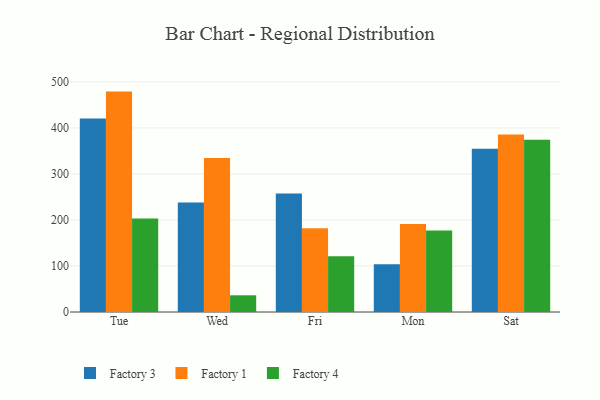
{"axis": {"x": "Day", "y": "Gross Profit (USD K)"}, "legend": ["Factory 1", "Factory 3", "Factory 4"], "data": [{"x": "Tue", "y": 420.8, "type": "Factory 3"}, {"x": "Tue", "y": 479.0, "type": "Factory 1"}, {"x": "Tue", "y": 203.0, "type": "Factory 4"}, {"x": "Wed", "y": 238.0, "type": "Factory 3"}, {"x": "Wed", "y": 334.8, "type": "Factory 1"}, {"x": "Wed", "y": 36.3, "type": "Factory 4"}, {"x": "Fri", "y": 257.6, "type": "Factory 3"}, {"x": "Fri", "y": 182.1, "type": "Factory 1"}, {"x": "Fri", "y": 120.9, "type": "Factory 4"}, {"x": "Mon", "y": 104.0, "type": "Factory 3"}, {"x": "Mon", "y": 191.5, "type": "Factory 1"}, {"x": "Mon", "y": 177.2, "type": "Factory 4"}, {"x": "Sat", "y": 354.6, "type": "Factory 3"}, {"x": "Sat", "y": 385.7, "type": "Factory 1"}, {"x": "Sat", "y": 374.5, "type": "Factory 4"}]}